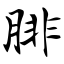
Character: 腓